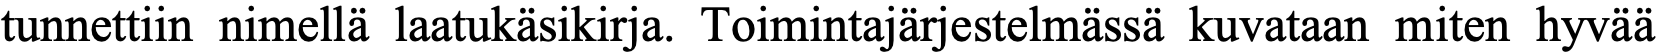
tunnettiin nimellä laatukäsikirja. Toimintajärjestelmässä kuvataan miten hyvää